Senior Leaving Certificate Examination (including Day School Certificate (Higher) General paper), 1946
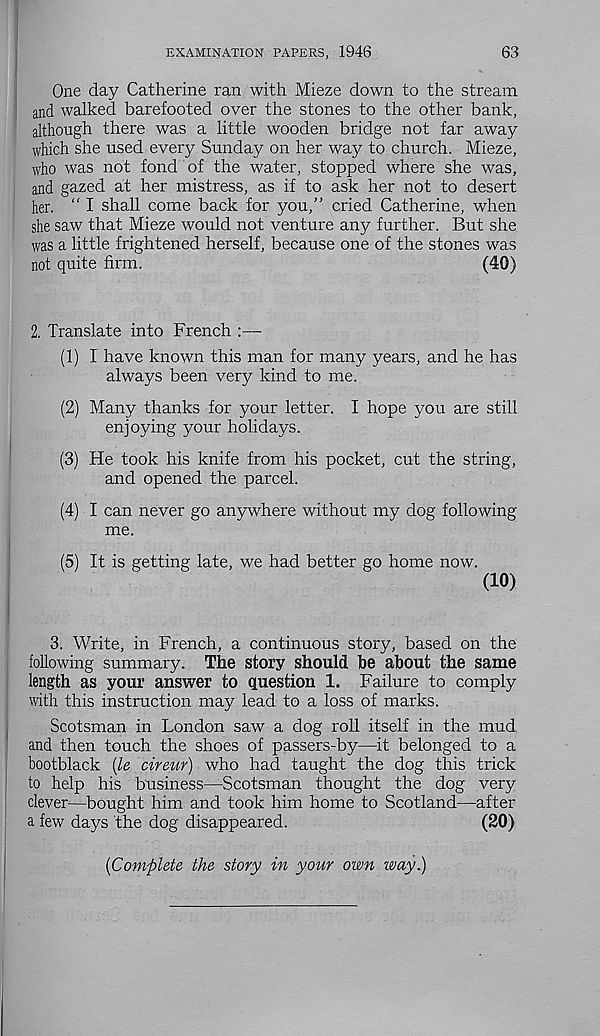
EXAMINATION PAPERS, 1946
63
One day Catherine ran with Mieze down to the stream
and walked barefooted over the stones to the other bank,
although there was a little wooden bridge not far away
which she used every Sunday on her way to church. Mieze,
who was not fond of the water, stopped where she was,
and gazed at her mistress, as if to ask her not to desert
her. “ I shall come back for you,” cried Catherine, when
she saw that Mieze would not venture any further. But she
was a little frightened herself, because one of the stones was
not quite firm.
(40)
2. Translate into French :—
(1) I have known this man for many years, and he has
always been very kind to me.
(2) Many thanks for your letter. I hope you are still
enjoying your holidays.
(3) He took his knife from his pocket, cut the string,
and opened the parcel.
(4) I can never go anywhere without my dog following
me.
(5) It is getting late, we had better go home now.
(10)
3. Write, in French, a continuous story, based on the
following summary. The story should be about the same
length as your answer to question 1. Failure to comply
with this instruction may lead to a loss of marks.
Scotsman in London saw a dog roll itself in the mud
and then touch the shoes of passers-by—it belonged to a
bootblack (le cireur) who had taught the dog this trick
to help his business—Scotsman thought the dog very
dever—bought him and took him home to Scotland—after
a few days the dog disappeared.
(20)
{Complete the story in your own way.)